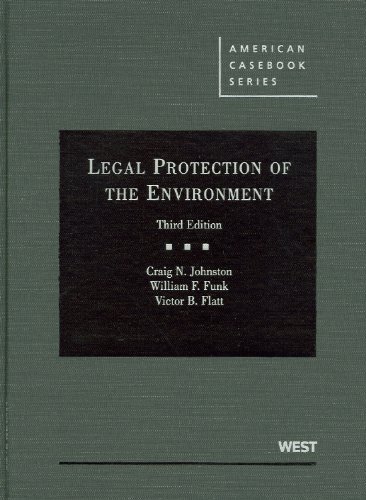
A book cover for Legal Protection of the Environment (American Casebook Series); Craig Johnston; Law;